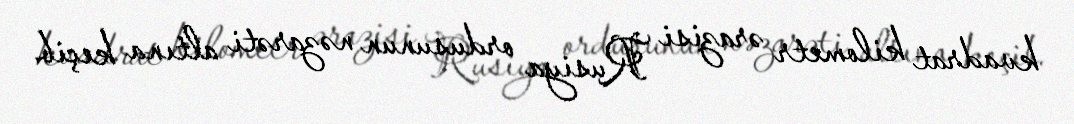
kvadrat kilometr ərazisi Rusiya ordusunun nəzarəti altına keçib.